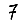
Digit: 7